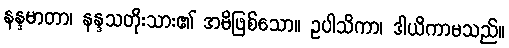
နန္ဒမာတာ၊ နန္ဒသတိုးသား၏ အမိဖြစ်သော။ ဥပါသိကာ၊ ဒါယိကာမသည်။